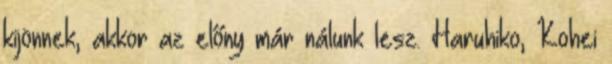
kijönnek, akkor az előny már nálunk lesz. Haruhiko, Kohei